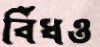
বিঁধও